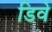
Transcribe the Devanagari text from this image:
डिवे